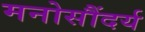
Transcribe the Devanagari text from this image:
मनोसौंदर्य